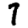
Digit: 7